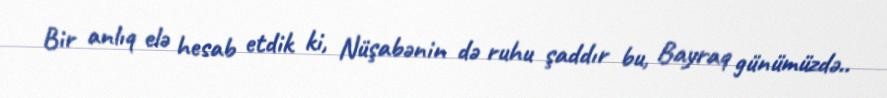
Bir anlıq elə hesab etdik ki, Nüşabənin də ruhu şaddır bu, Bayraq günümüzdə..